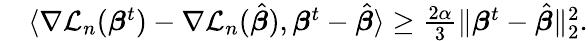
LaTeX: \begin{array}{rl}&{\langle\nabla{\mathcal L}_{n}({\boldsymbol{\beta}}^{t})-\nabla{\mathcal L}_{n}(\hat{\boldsymbol{\beta}}),{\boldsymbol{\beta}}^{t}-\hat{\boldsymbol{\beta}}\rangle\geq\frac{2\alpha}{3}\| {\boldsymbol{\beta}}^{t}-\hat{\boldsymbol{\beta}}\| _{2}^{2}.}\end{array}